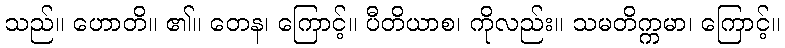
သည်။ ဟောတိ။ ၏။ တေန၊ ကြောင့်။ ပီတိယာစ၊ ကိုလည်း။ သမတိက္ကမာ၊ ကြောင့်။